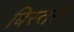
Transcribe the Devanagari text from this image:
बिस्तरी